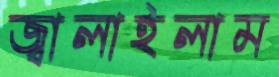
জ্বালাইলাম